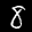
Label: 8